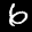
Label: 6